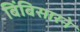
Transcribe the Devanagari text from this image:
बिंबिसारने